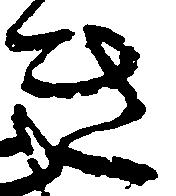
き